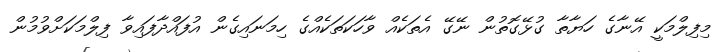
މިފިލްމަކީ އޭނާގެ ހަޔާތާ ގުޅޭގޮތުން ނޭގޭ އެތަކެއް ވާހަކަތަކެއްގެ ހިމަނައިގެން އުފައްދާފައިވާ ފިލްމަކަށްވުމުން